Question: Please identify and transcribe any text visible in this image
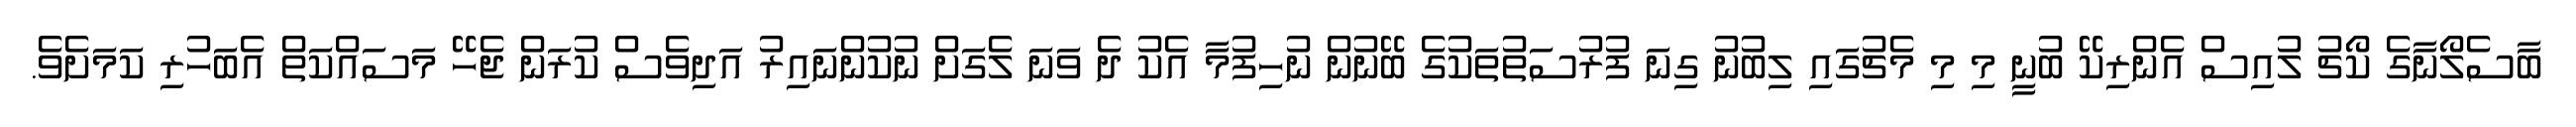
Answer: ބާސެލޯނާގެ ކޯޗު ލުއިސް އެންރިކޭ ބުނީ މި މި މެޗުގައި ލިބުނު ގިނަ ފުރުސަތުތަކުގެ ބޭނުން ނުހިފުމާ އެކު ދެ ވަނަ ލެގަށް ނުކުންނައިރު އަދިވެސް ކުރަން ޖެހޭ މަސައްކަތް އެބަހުރި ކަމަށެވެ.